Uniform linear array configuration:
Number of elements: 16
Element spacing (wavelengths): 0.25
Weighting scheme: hamming
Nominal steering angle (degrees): -15
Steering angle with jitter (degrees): -15.698
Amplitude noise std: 0.05
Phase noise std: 0.05

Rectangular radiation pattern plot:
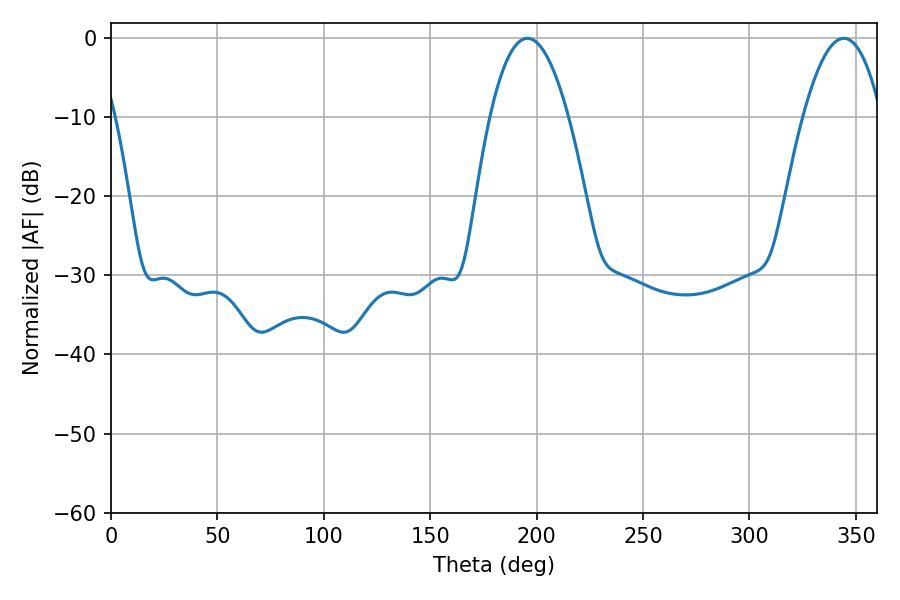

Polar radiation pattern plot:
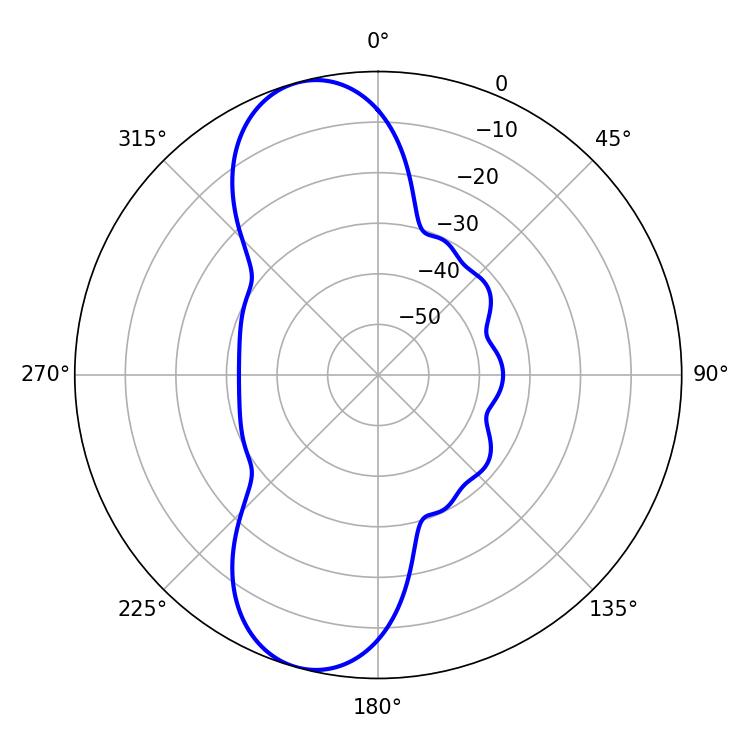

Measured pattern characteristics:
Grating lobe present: FALSE
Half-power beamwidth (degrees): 20.34
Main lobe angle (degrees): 195.66